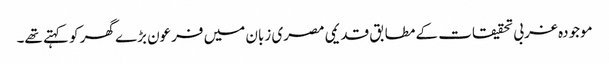
موجودہ غربی تحقیقات کے مطابق قدیمی مصری زبان میں فرعون بڑے گھر کو کہتے تھے۔